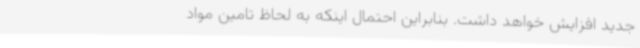
جدید افزایش خواهد داشت. بنابراین احتمال اینکه به لحاظ تامین مواد